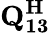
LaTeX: \mathbf{Q_{13}^{H}}